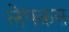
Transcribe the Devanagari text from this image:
लेफ्कस